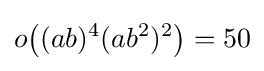
o{\bigl (}(ab)^{4}(ab^{2})^{2}{\bigr )}=50